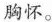
胸怀。